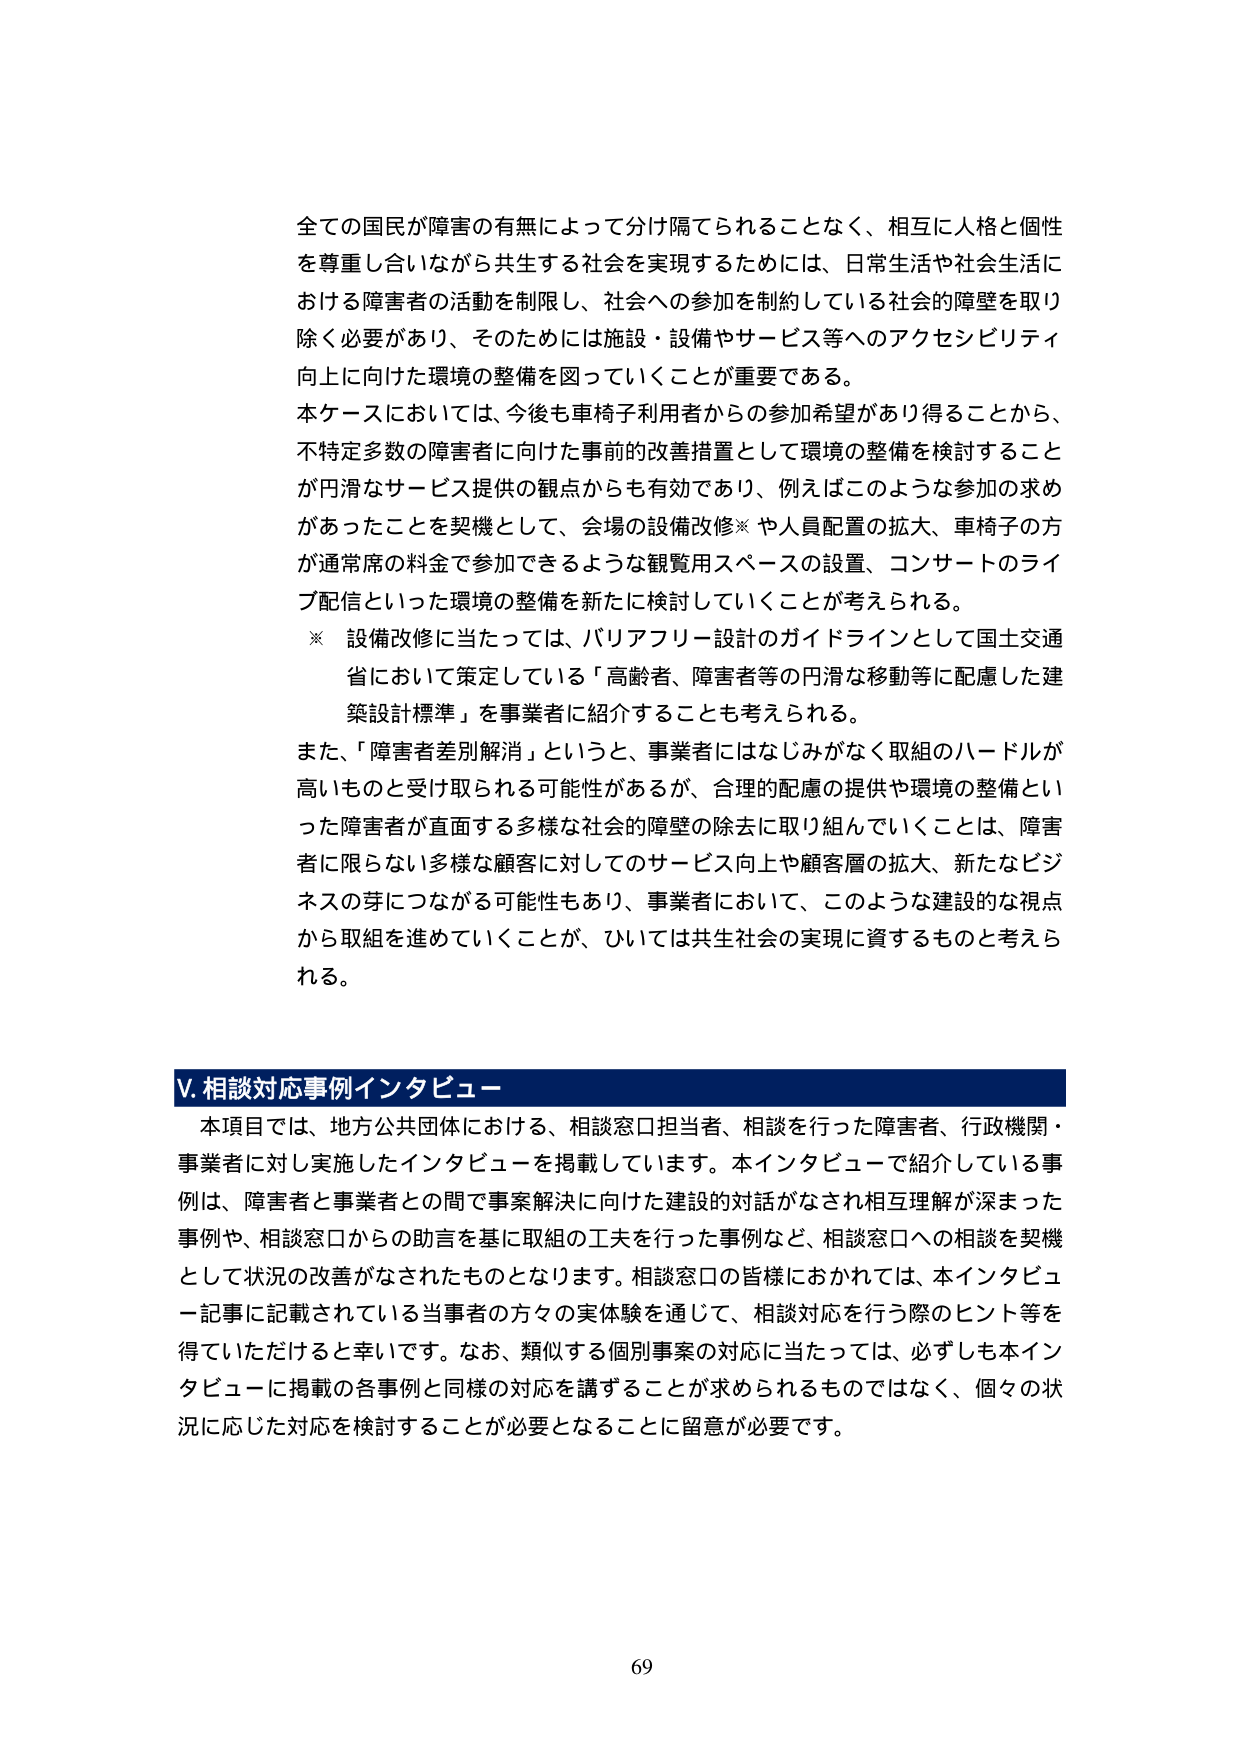
全ての国民が障害の有無によって分け隔てられることなく、相互に人格と個性を尊重し合いながら共生する社会を実現するためには、日常生活や社会生活における障害者の活動を制限し、社会への参加を制約している社会的障壁を取り除く必要があり、そのためには施設・設備やサービス等へのアクセシビリティ向上に向けた環境の整備を図っていくことが重要である。

本ケースにおいては、今後も車椅子利用者からの参加希望があり得ることから、不特定多数の障害者に向けた事前の改善措置として環境の整備を検討することが円滑なサービス提供の観点からも有効であり、例えばこのような参加の求めがあったことを契機として、会場の設備改修※や人員配置の拡大、車椅子の方が通常席の料金で参加できるような観覧用スペースの設置、コンサートのライブ配信といった環境の整備を新たに検討していくことが考えられる。

※ 設備改修に当たっては、バリアフリー設計のガイドラインとして国土交通省において策定している「高齢者、障害者等の円滑な移動等に配慮した建築設計標準」を事業者に紹介することも考えられる。

また、「障害者差別解消」というと、事業者にはなじみがなく取組のハードルが高いものと受け取られる可能性があるが、合理的配慮の提供や環境の整備といった障害者が直面する多様な社会的障壁の除去に取り組んでいくことは、障害者に限らない多様な顧客に対してのサービス向上や顧客層の拡大、新たなビジネスの芽につながる可能性もあり、事業者において、このような建設的な視点から取組を進めていくことが、ひいては共生社会の実現に資するものと考えられる。

V. 相談対応事例インタビュー

本項目では、地方公共団体における、相談窓口担当者、相談を行った障害者、行政機関・事業者に対し実施したインタビューを掲載しています。本インタビューで紹介している事例は、障害者と事業者との間で事案解決に向けた建設的対話がなされ相互理解が深まった事例や、相談窓口からの助言を基に取組の工夫を行った事例など、相談窓口への相談を契機として状況の改善がなされたものとなります。相談窓口の皆様におかれては、本インタビュー記事に記載されている当事者の方々の実体験を通じて、相談対応を行う際のヒント等を得ていただけると幸いです。なお、類似する個別事案の対応に当たっては、必ずしも本インタビューに掲載の各事例と同様の対応を講ずることが求められるものではなく、個々の状況に応じた対応を検討することが必要となることに留意が必要です。

69